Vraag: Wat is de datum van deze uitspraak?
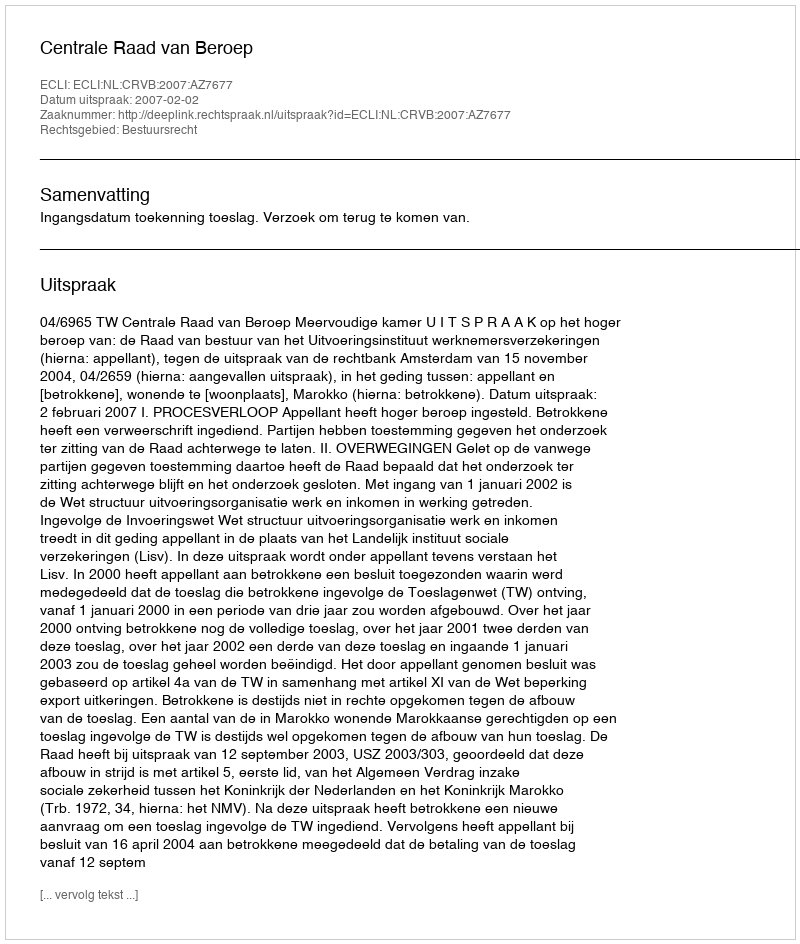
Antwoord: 2007-02-02